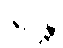
ဇဂ္ဂန္တိ